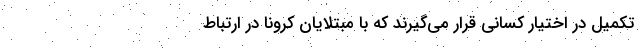
تکمیل در اختیار کسانی قرار می‌گیرند که با مبتلایان کرونا در ارتباط